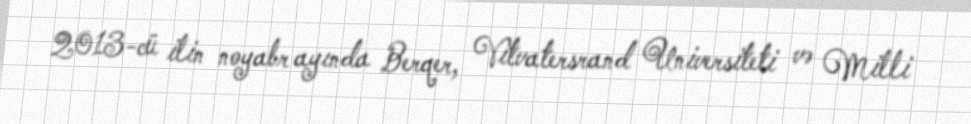
2013-cü ilin noyabr ayında Berqer, Vitvatersrand Universiteti və Milli